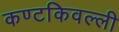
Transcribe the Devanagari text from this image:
कण्टकिवल्ली